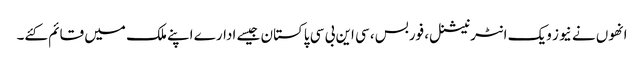
انھوں نے نیوز ویک انٹرنیشنل، فوربس، سی این بی سی پاکستان جیسے ادارے اپنے ملک میں قائم کئے۔